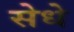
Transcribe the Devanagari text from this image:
सेधे